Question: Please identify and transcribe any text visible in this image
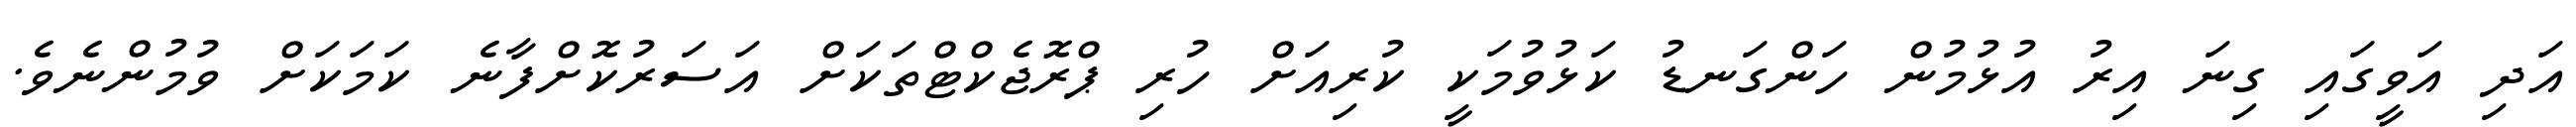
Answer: އަދި އަވީގައި ގިނަ އިރު އުޅުމުން ހަންގަނޑު ކަޅުވުމަކީ ކުރިއަށް ހުރި ޕްރޮޖެކްޓްތަކަށް އަސަރުކޮށްފާނެ ކަމަކަށް ވުމުންނެވެ.